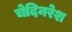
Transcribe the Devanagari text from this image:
चेदिनरेश